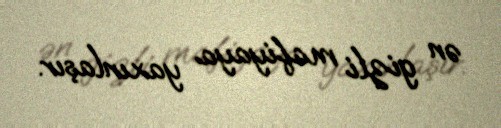
ən gizli mafiyaya yaxınlaşır.